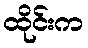
ထိုင်းက